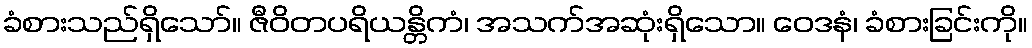
ခံစားသည်ရှိသော်။ ဇီဝိတပရိယန္တိကံ၊ အသက်အဆုံးရှိသော။ ဝေဒနံ၊ ခံစားခြင်းကို။